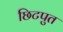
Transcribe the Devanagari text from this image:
छिटपुत